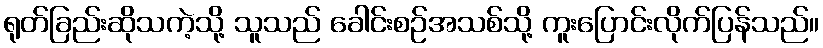
ရုတ်ခြည်းဆိုသကဲ့သို့ သူသည် ခေါင်းစဉ်အသစ်သို့ ကူးပြောင်းလိုက်ပြန်သည်။